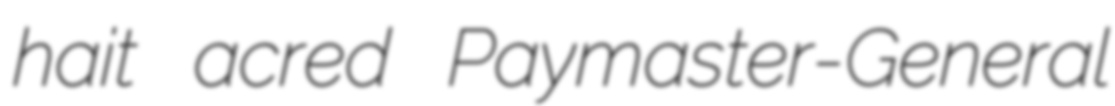
hait acred Paymaster-General